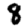
Digit: 8